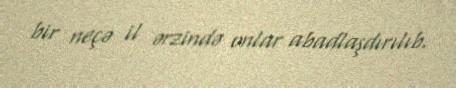
bir neçə il ərzində onlar abadlaşdırılıb.